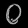
Digit: ၀